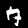
Label: 7